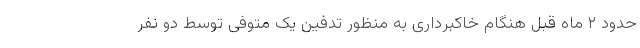
حدود ۲ ماه قبل هنگام خاکبرداری به منظور تدفین یک متوفی توسط دو نفر